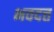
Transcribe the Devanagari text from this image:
भवदत्त